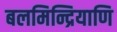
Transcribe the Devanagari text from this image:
बलमिन्द्रियाणि